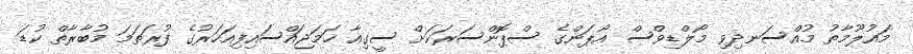
މައުލޫމާތު މުއްސަނދިވި މޯލްޑިވްސް އޯޕަންގެ ސްޕޮންސަރަކަށް ސީގިއާ ހަމަޖައްސައިފިއަހަރުގެ ފުރަތަަމަ މުބާރާތް ކުޑަ